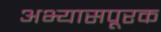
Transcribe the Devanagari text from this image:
अभ्यासपूरक